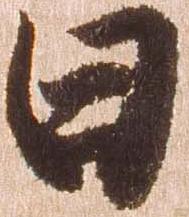
日